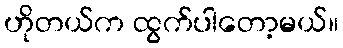
ဟိုတယ်က ထွက်ပါတော့မယ်။